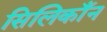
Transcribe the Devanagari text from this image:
सिलिकाँन